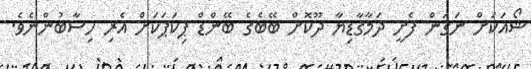
ޝޯއަކަށް ނަގަން ފެށީ ދަމާގާޑިޔާ ދޫކޮށް ބޭބެގެ ބޭންޑް ޕިކަޕަކަށް އެރި ހިސާބުންނެވެ.